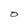
Character: O